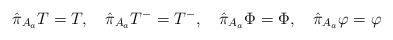
\begin{align*}\hat{\pi}_{A_a} T=T ,\quad\hat{\pi}_{A_a} T^-=T^- ,\quad\hat{\pi}_{A_a} \Phi=\Phi ,\quad\hat{\pi}_{A_a} \varphi=\varphi\end{align*}